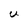
Character: U